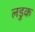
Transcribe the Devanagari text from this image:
लडुक